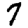
Digit: 7